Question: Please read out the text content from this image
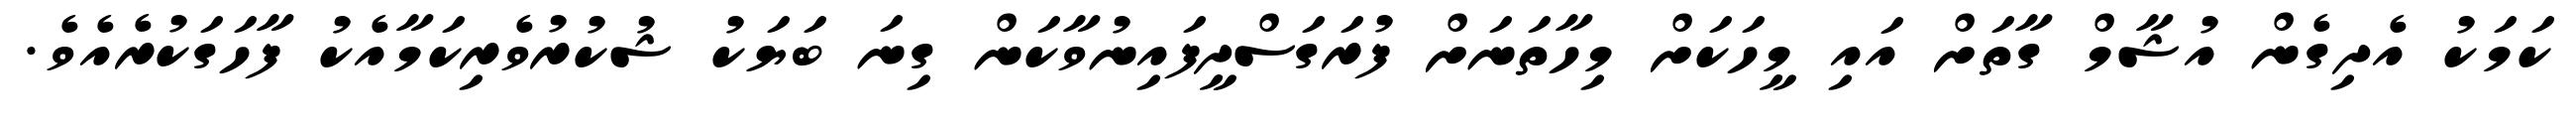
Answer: ކަމަކު އެދިގެން އުޝާމް ގާތަށް އައި މީހަކަށް މިހާތަނަށް ފުރަގަސްދީފައިނުވާކަން ގިނަ ބަޔަކު ޝުކުރުވެރިކަމާއެކު ފާހަގަކުރެއެވެ.